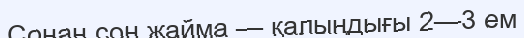
Сонан соң жайма — қалыңдығы 2—3 ем